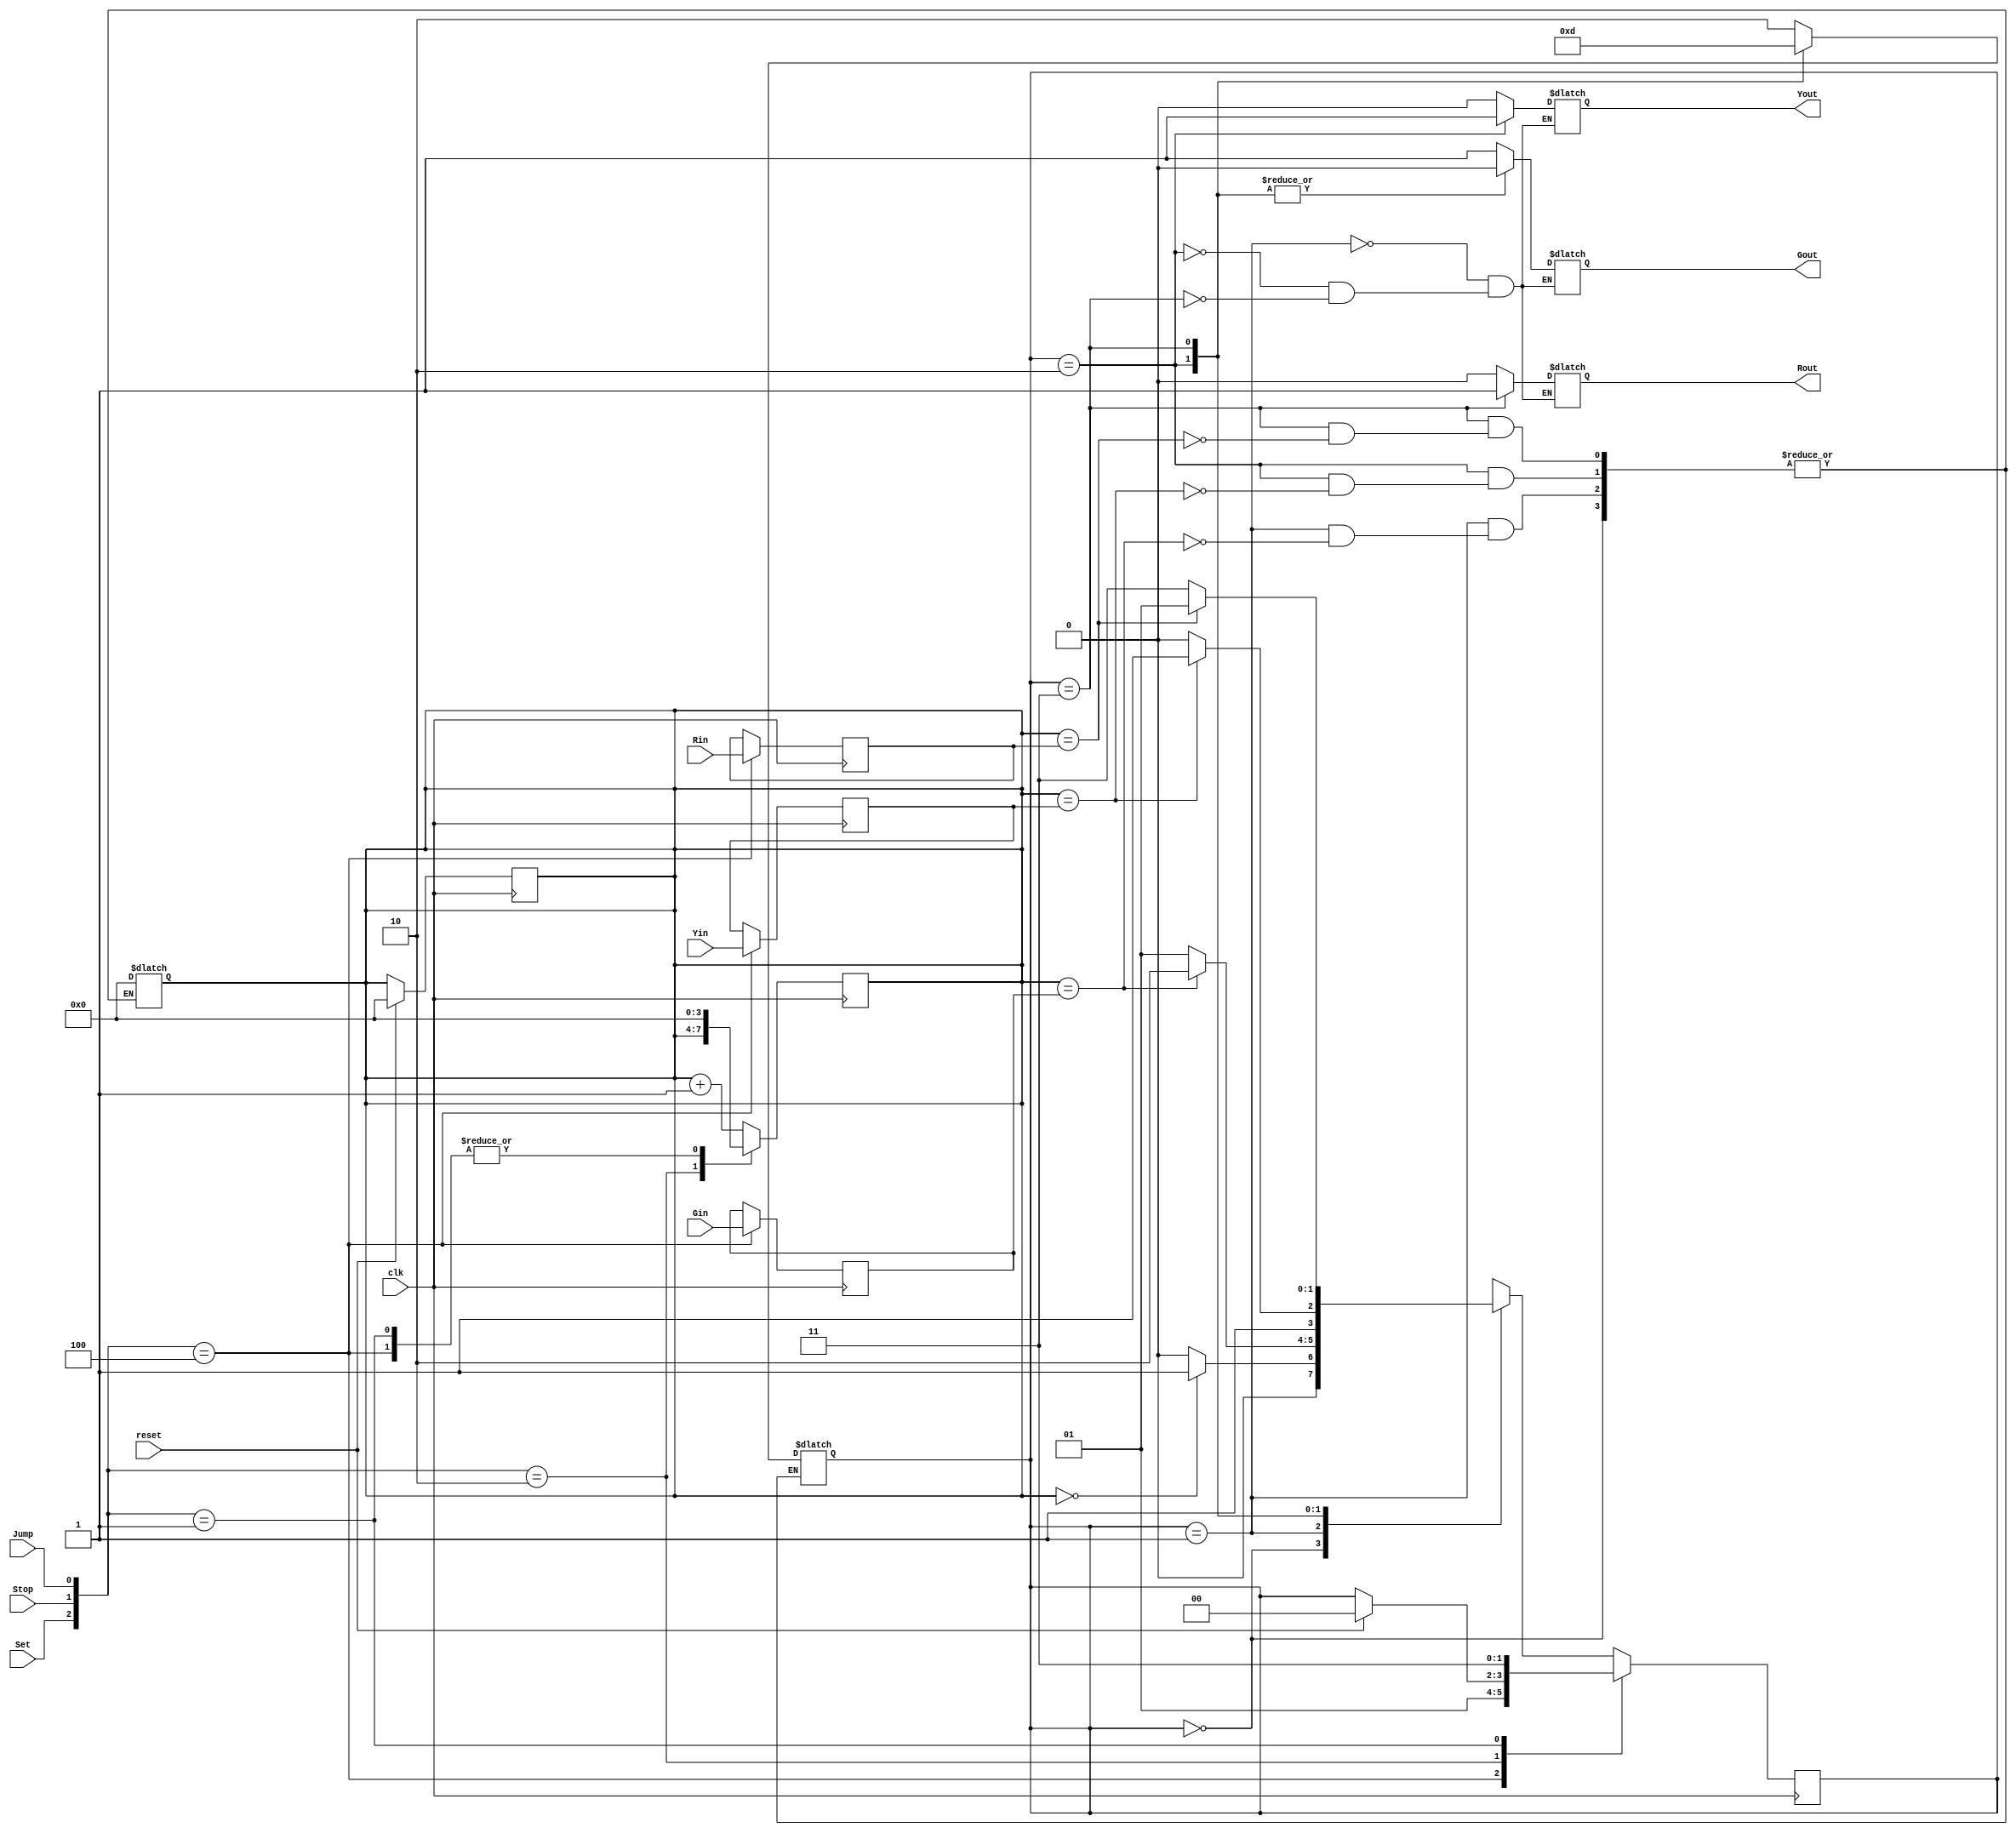
module TLS(clk, reset, Set, Stop, Jump, Gin, Yin, Rin, Gout, Yout, Rout);
input           clk;
input           reset;
input           Set;
input           Stop;
input           Jump;
input     [3:0] Gin;
input     [3:0] Yin;
input     [3:0] Rin;
output          Gout;
output          Yout;
output          Rout;
reg Gout;
reg Yout;
reg Rout;
reg [3:0] Gtime;
reg [3:0] Ytime;
reg [3:0] Rtime;
reg    [3:0] Count;
reg [1:0] current_state;
reg [1:0] next_state;
parameter [1:0] Idle = 2'b00;
parameter [1:0] S1 = 2'b01;
parameter [1:0] S2 = 2'b10;
parameter [1:0] S3 = 2'b11;


always @(posedge clk) begin
    if(reset)begin
      current_state = Idle;
      Count = 0;
    end
    
    case ({Set,Stop,Jump})
      3'b100:begin
        Gtime = Gin;
        Ytime = Yin;
        Rtime = Rin;
        current_state = S1;
      end

      3'b010:begin
        current_state = current_state;
      end

      3'b001:begin
        current_state = S3;
      end

      default:
        current_state = next_state;
      
    endcase  
end



always @(current_state or Count) begin
    case (current_state)
        Idle:begin
          if(Count==3'b000)
            next_state = S1;
          else
            next_state = Idle;
        end

        S1:begin
          if(Count==Gtime)begin
            Count = 0;
            next_state = S2;
            current_state = next_state;
          end
          else
            next_state = S1;
        end 

        S2:begin
          if(Count==Ytime)begin
            Count = 0;
            next_state = S3;
            current_state = next_state;
          end
          else
            next_state = S2;
        end

        S3:begin
          if(Count==Rtime)begin
            Count = 0;
            next_state = S1;
            current_state = next_state;
          end
          else
            next_state = S3;
        end

        default: 
            next_state = S3;

    endcase
end


always @(posedge clk) begin
    case ({Set,Stop,Jump})
      3'b100:begin
        Count = 0;
      end

      3'b010:begin
        Count = Count;
      end

      3'b001:begin
        Count = 0;
      end

      default:begin
        Count = Count + 1;
      end
    endcase

end

always @(current_state) begin
    case (current_state)
        S1:
            {Gout,Yout,Rout} = 3'b100;
        
        S2:
            {Gout,Yout,Rout} = 3'b010;

        S3:
            {Gout,Yout,Rout} = 3'b001;
    endcase
end


endmodule